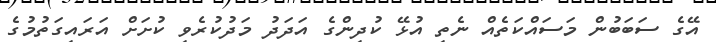
އޭގެ ސަބަބުން މަސައްކަތެއް ނެތި އުޅޭ ކުދިންގެ އަދަދު މަދުކުރެވި ކުށަށް އަރައިގަތުމުގެ